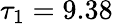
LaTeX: \tau_{1}=9.38